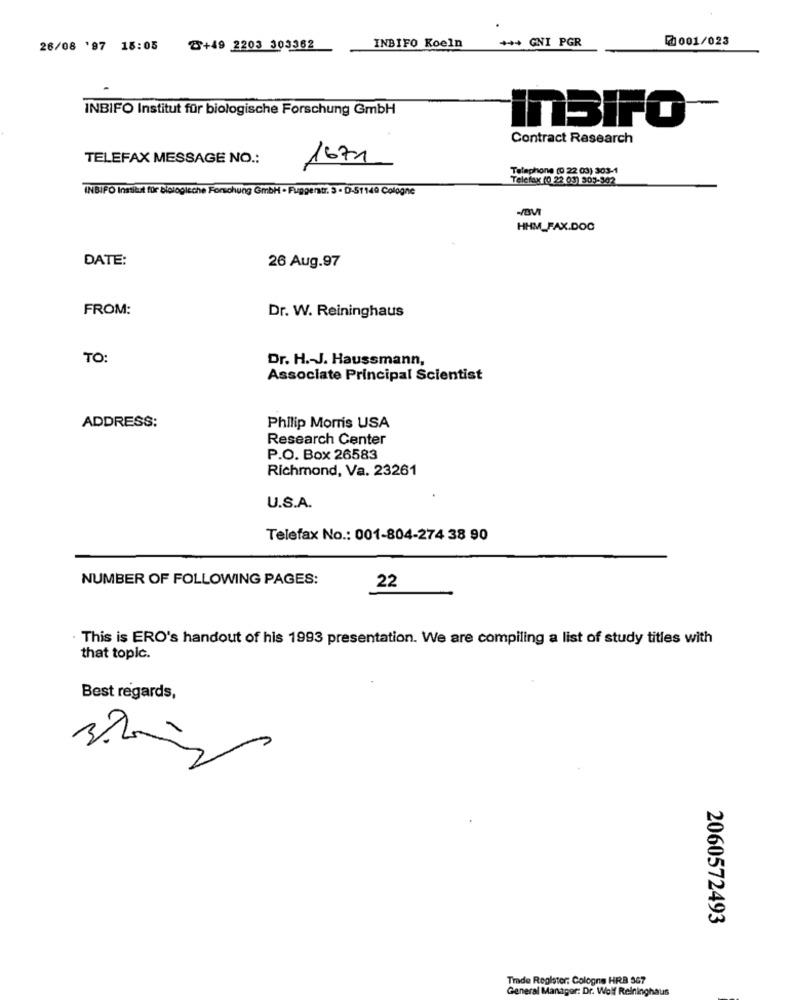
+ ** GNI PGR
@001/023
26/08 '97 18:05
Z+49 2203 303362
INBIFO Koeln
INBIFO Institut für biologische Forschung GmbH
inSIFO
Contract Research
TELEFAX MESSAGE NO .:
1671
Telephone (0 22 03) 303-1
Telefax (0 22 03) 909-302
INBIFO Institut für biologische Forschung GmbH - Fuggenstr. 3 - D-51140 Cologne
HHM_FAX.DOC
DATE:
26 Aug.97
FROM:
Dr. W. Reininghaus
TO:
Dr. H .- J. Haussmann,
Associate Principal Scientist
ADDRESS:
Philip Morris USA
Research Center
P.O. Box 26583
Richmond, Va. 23261
U.S.A.
Telefax No .: 001-804-274 38 90
NUMBER OF FOLLOWING PAGES:
22
· This is ERO's handout of his 1993 presentation. We are compiling a list of study titles with
that topic.
Best regards,
2060572493
Trade Register: Cologne HRB 567
General Manager: Dr. Wolf Reininghaus